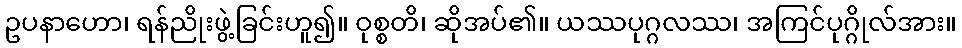
ဥပနာဟော၊ ရန်ညိုးဖွဲ့ခြင်းဟူ၍။ ဝုစ္စတိ၊ ဆိုအပ်၏။ ယဿပုဂ္ဂလဿ၊ အကြင်ပုဂ္ဂိုလ်အား။